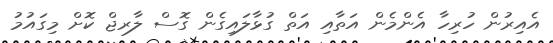
އެއިރުން ހުރިހާ އެންމެން އަތާއި އަތް ގުޅާލައިގެން ގޮސް ލާރޖް ކޮށް މިގައުމު